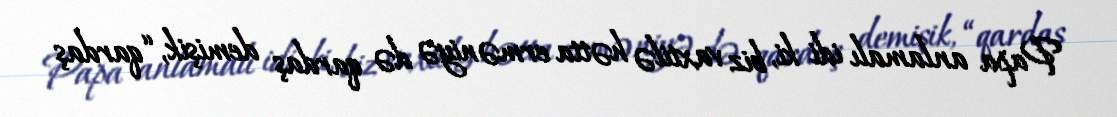
Papa anlamalı idi ki, biz vaxtilə hətta erməniyə də qardaş demişik, “qardaş